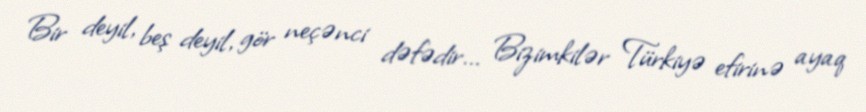
Bir deyil, beş deyil, gör neçənci dəfədir... Bizimkilər Türkiyə efirinə ayaq